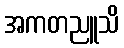
အကတညူသိ